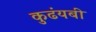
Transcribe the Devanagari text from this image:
कुढंयबी